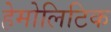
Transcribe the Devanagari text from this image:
हेमोलिटिक